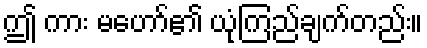
ဤ ကား မဟော်၏ ယုံကြည်ချက်တည်း။